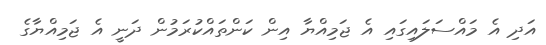
އަދި އެ މައްސަލައިގައި އެ ޖަމިއްޔާ އިން ކަންތައްކުރަމުން ދަނީ އެ ޖަމިއްޔާގެ